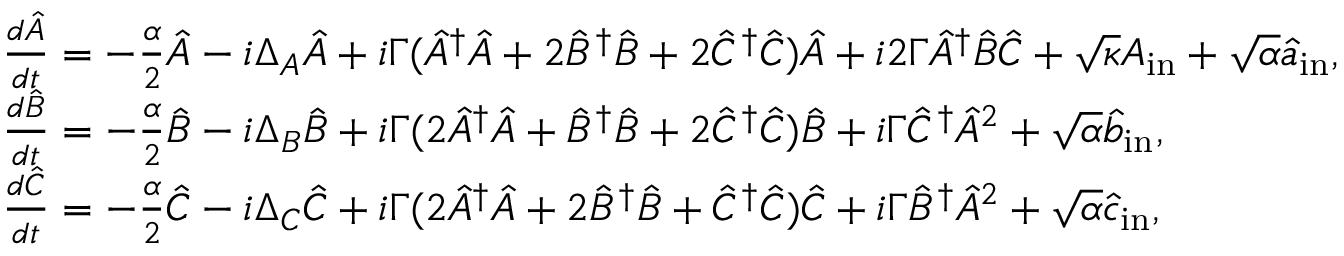
\begin{array} { r l } & { \frac { d \hat { A } } { d t } = - \frac { \alpha } { 2 } \hat { A } - i \Delta _ { A } \hat { A } + i \Gamma ( \hat { A } ^ { \dagger } \hat { A } + 2 \hat { B } ^ { \dagger } \hat { B } + 2 \hat { C } ^ { \dagger } \hat { C } ) \hat { A } + i 2 \Gamma \hat { A } ^ { \dagger } \hat { B } \hat { C } + \sqrt { \kappa } A _ { \mathrm { i n } } + \sqrt { \alpha } \hat { a } _ { \mathrm { i n } } , } \\ & { \frac { d \hat { B } } { d t } = - \frac { \alpha } { 2 } \hat { B } - i \Delta _ { B } \hat { B } + i \Gamma ( 2 \hat { A } ^ { \dagger } \hat { A } + \hat { B } ^ { \dagger } \hat { B } + 2 \hat { C } ^ { \dagger } \hat { C } ) \hat { B } + i \Gamma \hat { C } ^ { \dagger } \hat { A } ^ { 2 } + \sqrt { \alpha } \hat { b } _ { \mathrm { i n } } , } \\ & { \frac { d \hat { C } } { d t } = - \frac { \alpha } { 2 } \hat { C } - i \Delta _ { C } \hat { C } + i \Gamma ( 2 \hat { A } ^ { \dagger } \hat { A } + 2 \hat { B } ^ { \dagger } \hat { B } + \hat { C } ^ { \dagger } \hat { C } ) \hat { C } + i \Gamma \hat { B } ^ { \dagger } \hat { A } ^ { 2 } + \sqrt { \alpha } \hat { c } _ { \mathrm { i n } } , } \end{array}